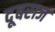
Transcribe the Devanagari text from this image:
दूबराज